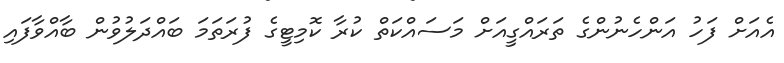
އެއަށް ފަހު އަންހެނުންގެ ތަރައްގީއަށް މަސައްކަތް ކުރާ ކޮމިޓީގެ ފުރަތަމަ ބައްދަލުވުން ބާއްވާފައި